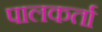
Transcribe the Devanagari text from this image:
पालकर्ता